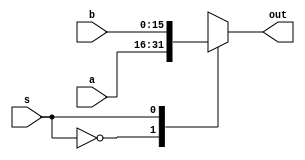
//Two to One Multiplexer

module TwotoOnemux(a, b, s, out);

input [15:0] a, b;
input s;
output [15:0] out;
reg [15:0] out;
// used in procedural statement
always @ (s or a or b)
        case (s)
                2'b0: out = a;
                2'b1: out = b;
        endcase
endmodule